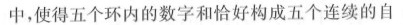
中，使得五个环内的数字和恰好构成五个连续的自